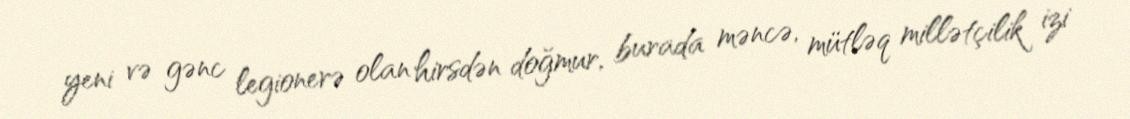
yeni və gənc legionerə olan hirsdən doğmur, burada məncə, mütləq millətçilik izi